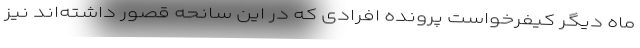
ماه دیگر کیفرخواست پرونده افرادی که در این سانحه قصور داشته‌اند نیز